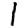
Digit: 1